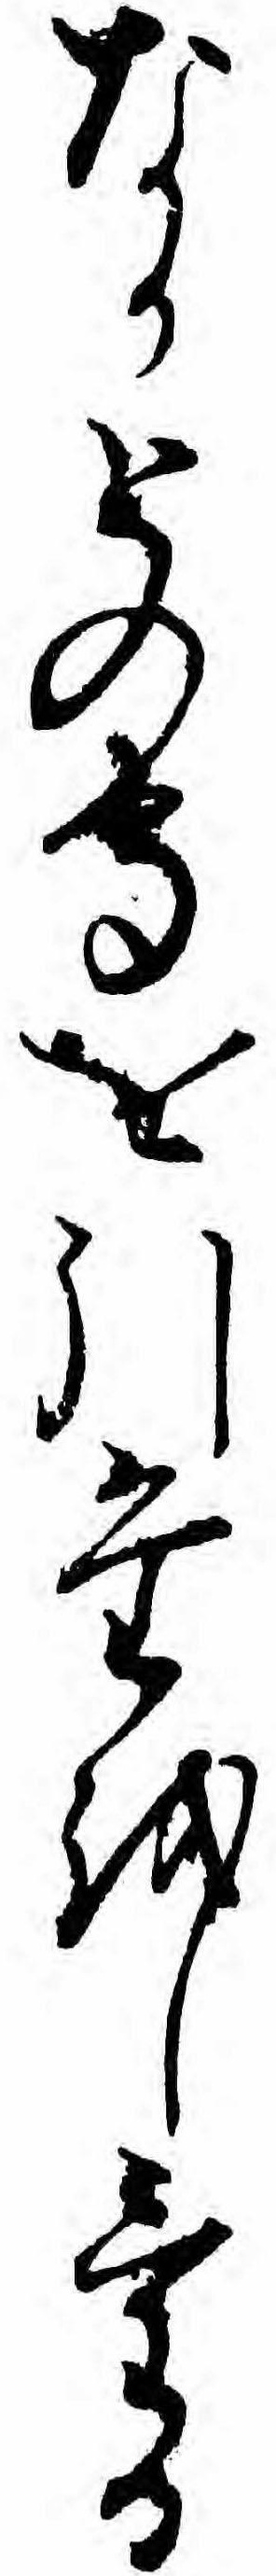
なかとの守を引たをしける